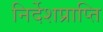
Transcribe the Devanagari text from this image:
निर्देशप्राप्ति